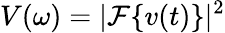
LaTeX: V(\omega)=|\mathcal{F}\{ v(t)\} |^{2}